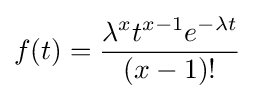
f(t)={\frac {\lambda ^{x}t^{x-1}e^{-\lambda t}}{(x-1)!}}